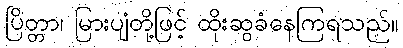
ပြိတ္တာ၊ မြားပျံတို့ဖြင့် ထိုးဆွခံနေကြရသည်။